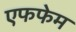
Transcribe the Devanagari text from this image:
एफफेम